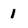
Character: 1